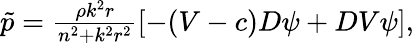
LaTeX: \begin{array}{r}{\tilde{p}=\frac{\rho k^{2}r}{n^{2}+k^{2}r^{2}}\left[-(V-c)D\psi+DV\psi\right],}\end{array}